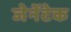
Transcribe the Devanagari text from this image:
जेनेंटेक